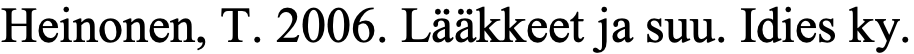
Heinonen, T. 2006. Lääkkeet ja suu. Idies ky.